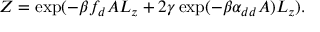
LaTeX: Z = \exp ( - \beta f _ { d } A L _ { z } + 2 \gamma \exp ( - \beta \alpha _ { d d } A ) L _ { z } ) .